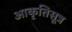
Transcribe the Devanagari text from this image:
आकृतिसूत्र